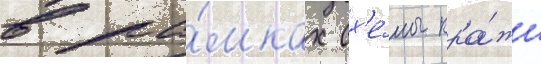
в ра́мках сх'е́мы кра́жи